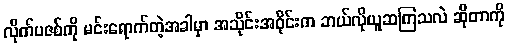
လိုက်ပဇစ်ကို မင်းရောက်တဲ့အခါမှာ အသိုင်းအဝိုင်းက ဘယ်လိုယူဆကြသလဲ ဆိုတာကို